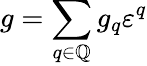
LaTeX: g=\sum_{q\in\mathbb{Q}}g_{q}\varepsilon^{q}